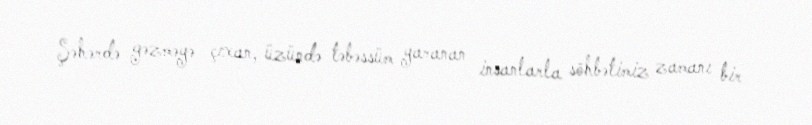
Şəhərdə gəzməyə çıxan, üzündə təbəssüm yaranan insanlarla söhbətimiz zamanı bir